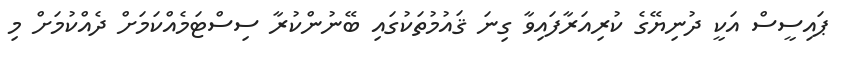
ޕައިސީސް އަކީ ދުނިޔޭގެ ކުރިއަރާފައިވާ ގިނަ ޤައުމުތަކުގައި ބޭނުންކުރާ ސިސްޓަމެއްކަމަށް ދެއްކުމަށް މި